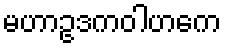
မဟာဥဒကဝါဟကေ